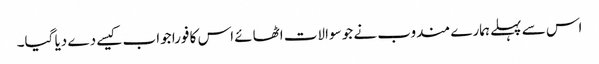
اس سے پہلے ہمارے مندوب نے جو سوالات اٹھائے اس کا فورا جواب کیسے دے دیا گیا۔